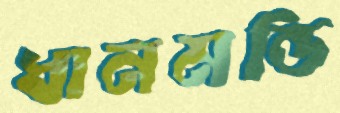
ধানমন্ডি